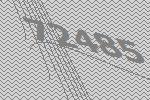
72485